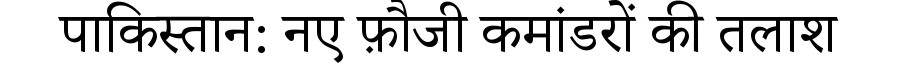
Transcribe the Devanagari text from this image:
पाकिस्तान: नए फ़ौजी कमांडरों की तलाश